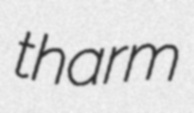
tharm